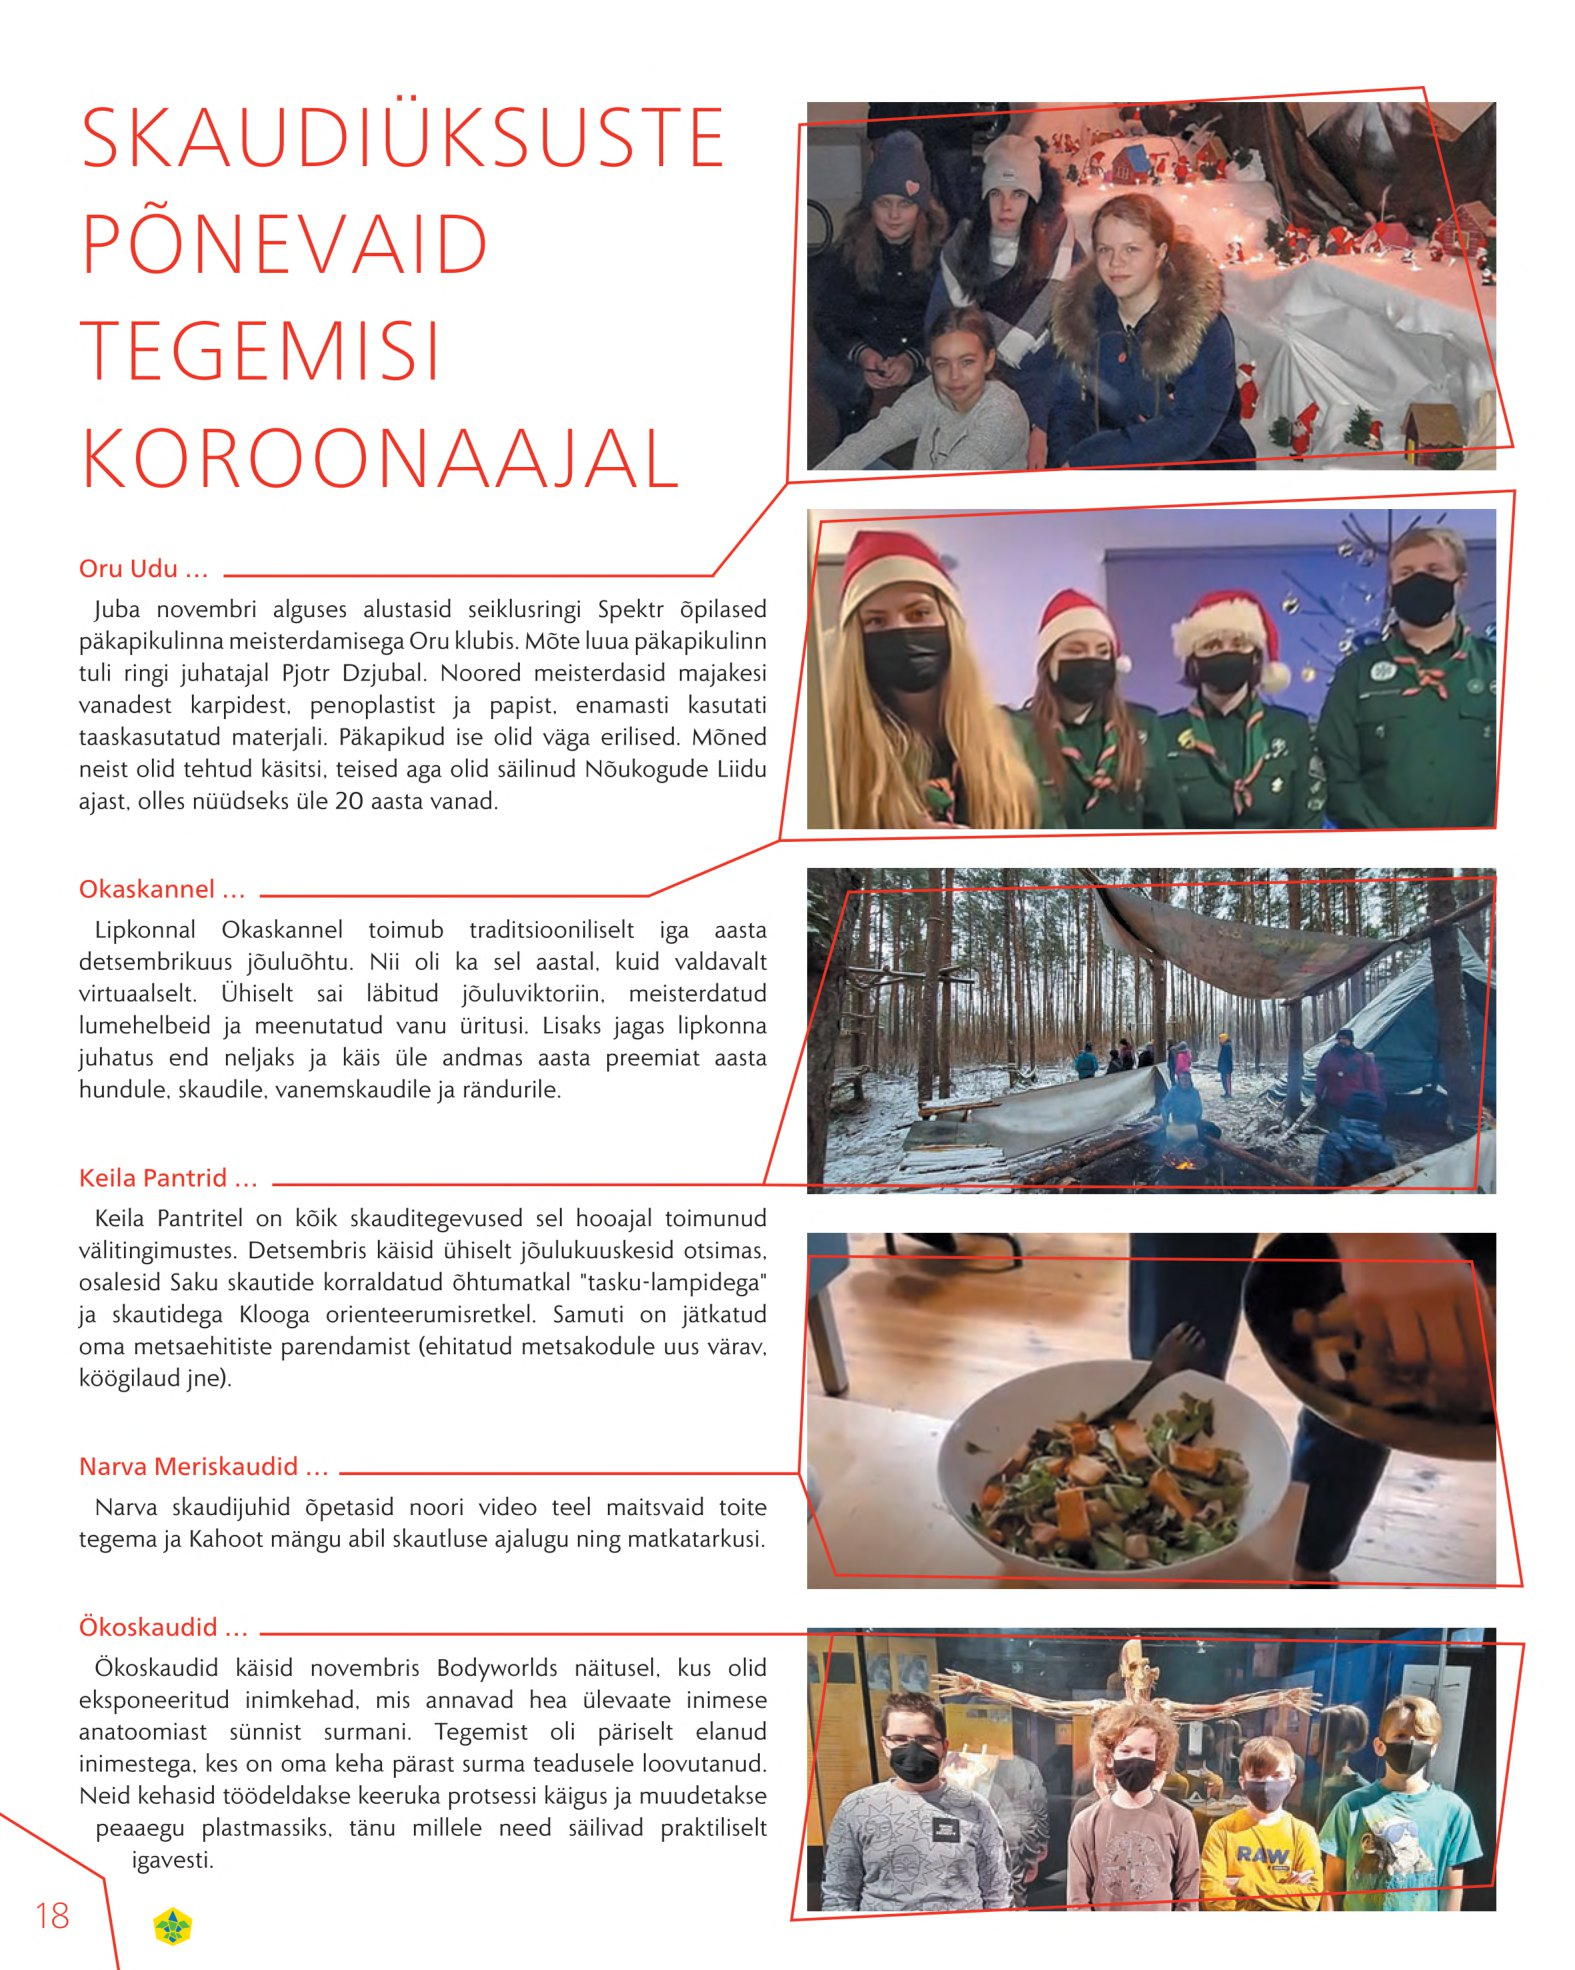
Language: et